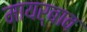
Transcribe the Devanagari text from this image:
मायर्बाव